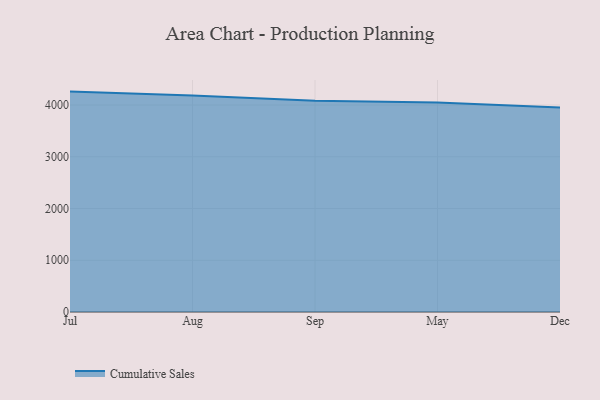
{"axis": {"x": "Month", "y": "Waste Production (Tons)"}, "legend": ["Cumulative Sales"], "data": [{"x": "Jul", "y": 4258.9, "type": "Cumulative Sales"}, {"x": "Aug", "y": 4183.8, "type": "Cumulative Sales"}, {"x": "Sep", "y": 4080.8, "type": "Cumulative Sales"}, {"x": "May", "y": 4049.6, "type": "Cumulative Sales"}, {"x": "Dec", "y": 3952.6, "type": "Cumulative Sales"}]}